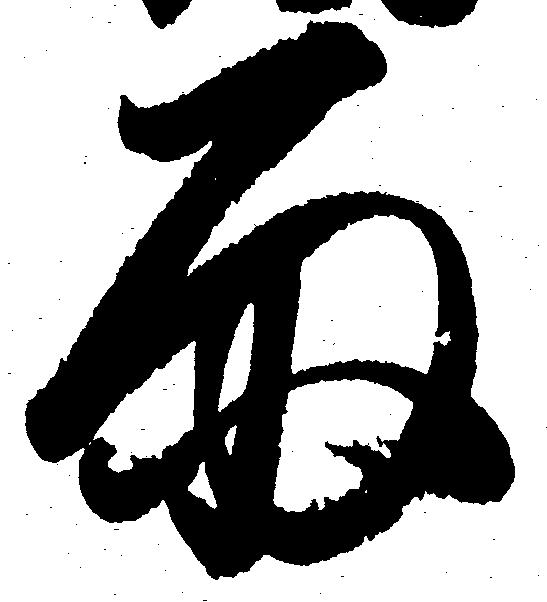
雨